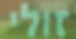
זולי